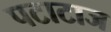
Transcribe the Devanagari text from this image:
पटाटाज